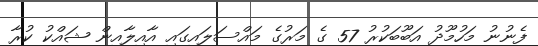
ފެނުނު މަހުމޫދު އަބޫބަކުރު 57 ގެ މަރުގެ މައްސަލައިގައި އާއިލާއިން ޝައްކު ކުރާ